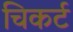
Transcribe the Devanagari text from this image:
चिकर्ट